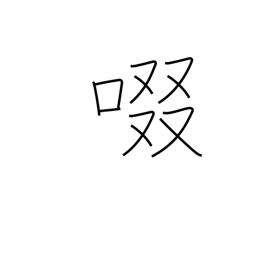
Meaning: suck